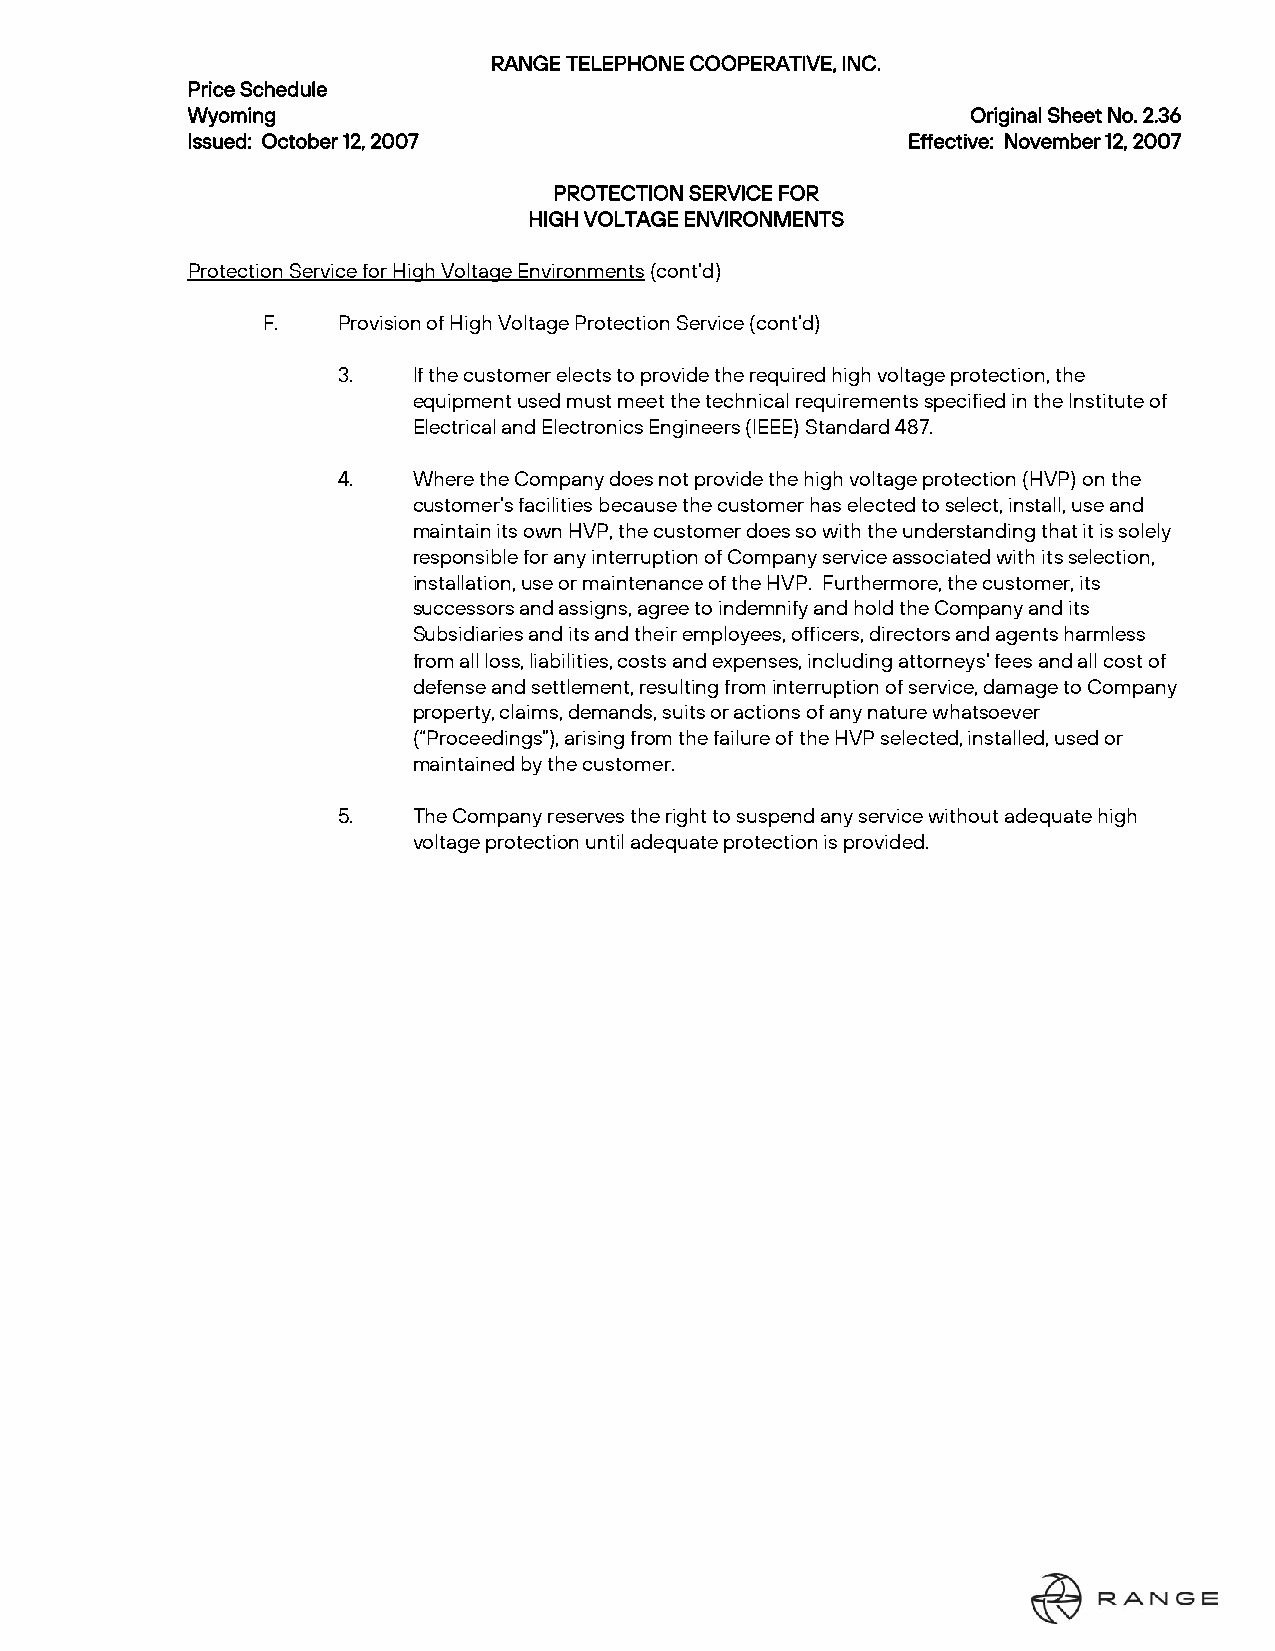
RANGE TELEPHONE COOPERATIVE, INC.
 Price Schedule
 Wyoming                                             Original Sheet No. 2.36
 Issued: October 12, 2007                        Effective: November 12, 2007
 PROTECTION SERVICE FOR
 HIGH VOLTAGE ENVIRONMENTS
 Protection Service for High Voltage Environments (cont’d)
 F.   Provision of High Voltage Protection Service (cont’d)
 3.   If the customer elects to provide the required high voltage protection, the
 equipment used must meet the technical requirements specified in the Institute of
 Electrical and Electronics Engineers (IEEE) Standard 487.
 4.   Where the Company does not provide the high voltage protection (HVP) on the
 customer’s facilities because the customer has elected to select, install, use and
 maintain its own HVP, the customer does so with the understanding that it is solely
 responsible for any interruption of Company service associated with its selection,
 installation, use or maintenance of the HVP. Furthermore, the customer, its
 successors and assigns, agree to indemnify and hold the Company and its
 Subsidiaries and its and their employees, officers, directors and agents harmless
 from all loss, liabilities, costs and expenses, including attorneys’ fees and all cost of
 defense and settlement, resulting from interruption of service, damage to Company
 property, claims, demands, suits or actions of any nature whatsoever
 (“Proceedings”), arising from the failure of the HVP selected, installed, used or
 maintained by the customer.
 5.   The Company reserves the right to suspend any service without adequate high
 voltage protection until adequate protection is provided.